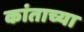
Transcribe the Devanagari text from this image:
कांताच्या